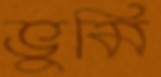
ভুমি